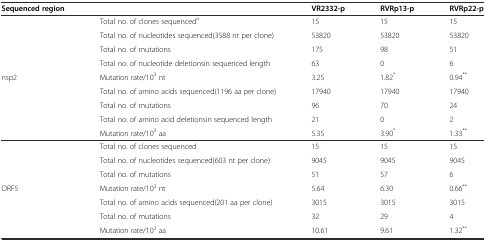
<table><thead><tr><td><b>Sequenced region</b></td><td></td><td><b>VR2332-p</b></td><td><b>RVRp13-p</b></td><td><b>RVRp22-p</b></td></tr></thead><tbody><tr><td rowspan="9">nsp2</td><td>Total no. of clones sequenced<sup>a</sup></td><td>15</td><td>15</td><td>15</td></tr><tr><td>Total no. of nucleotides sequenced(3588 nt per clone)</td><td>53820</td><td>53820</td><td>53820</td></tr><tr><td>Total no. of mutations</td><td>175</td><td>98</td><td>51</td></tr><tr><td>Total no. of nucleotide deletionsin sequenced length</td><td>63</td><td>0</td><td>6</td></tr><tr><td>Mutation rate/10<sup>3</sup> nt</td><td>3.25</td><td>1.82<sup>*</sup></td><td>0.94<sup>**</sup></td></tr><tr><td>Total no. of amino acids sequenced(1196 aa per clone)</td><td>17940</td><td>17940</td><td>17940</td></tr><tr><td>Total no. of mutations</td><td>96</td><td>70</td><td>24</td></tr><tr><td>Total no. of amino acid deletionsin sequenced length</td><td>21</td><td>0</td><td>2</td></tr><tr><td>Mutation rate/10<sup>3</sup> aa</td><td>5.35</td><td>3.90<sup>*</sup></td><td>1.33<sup>**</sup></td></tr><tr><td rowspan="7">ORF5</td><td>Total no. of clones sequenced</td><td>15</td><td>15</td><td>15</td></tr><tr><td>Total no. of nucleotides sequenced(603 nt per clone)</td><td>9045</td><td>9045</td><td>9045</td></tr><tr><td>Total no. of mutations</td><td>51</td><td>57</td><td>6</td></tr><tr><td>Mutation rate/10<sup>3</sup> nt</td><td>5.64</td><td>6.30</td><td>0.66<sup>**</sup></td></tr><tr><td>Total no. of amino acids sequenced(201 aa per clone)</td><td>3015</td><td>3015</td><td>3015</td></tr><tr><td>Total no. of mutations</td><td>32</td><td>29</td><td>4</td></tr><tr><td>Mutation rate/10<sup>3</sup> aa</td><td>10.61</td><td>9.61</td><td>1.32<sup>**</sup></td></tr></tbody></table>